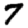
Digit: 7